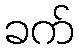
ခက်